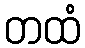
တထံ